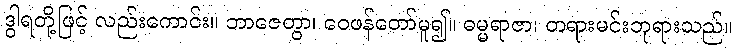
ဒွါရတို့ဖြင့် လည်းကောင်း။ ဘာဇေတွာ၊ ဝေဖန်တော်မူ၍။ ဓမ္မရာဇာ၊ တရားမင်းဘုရားသည်။